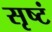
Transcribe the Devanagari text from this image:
सृष्टं